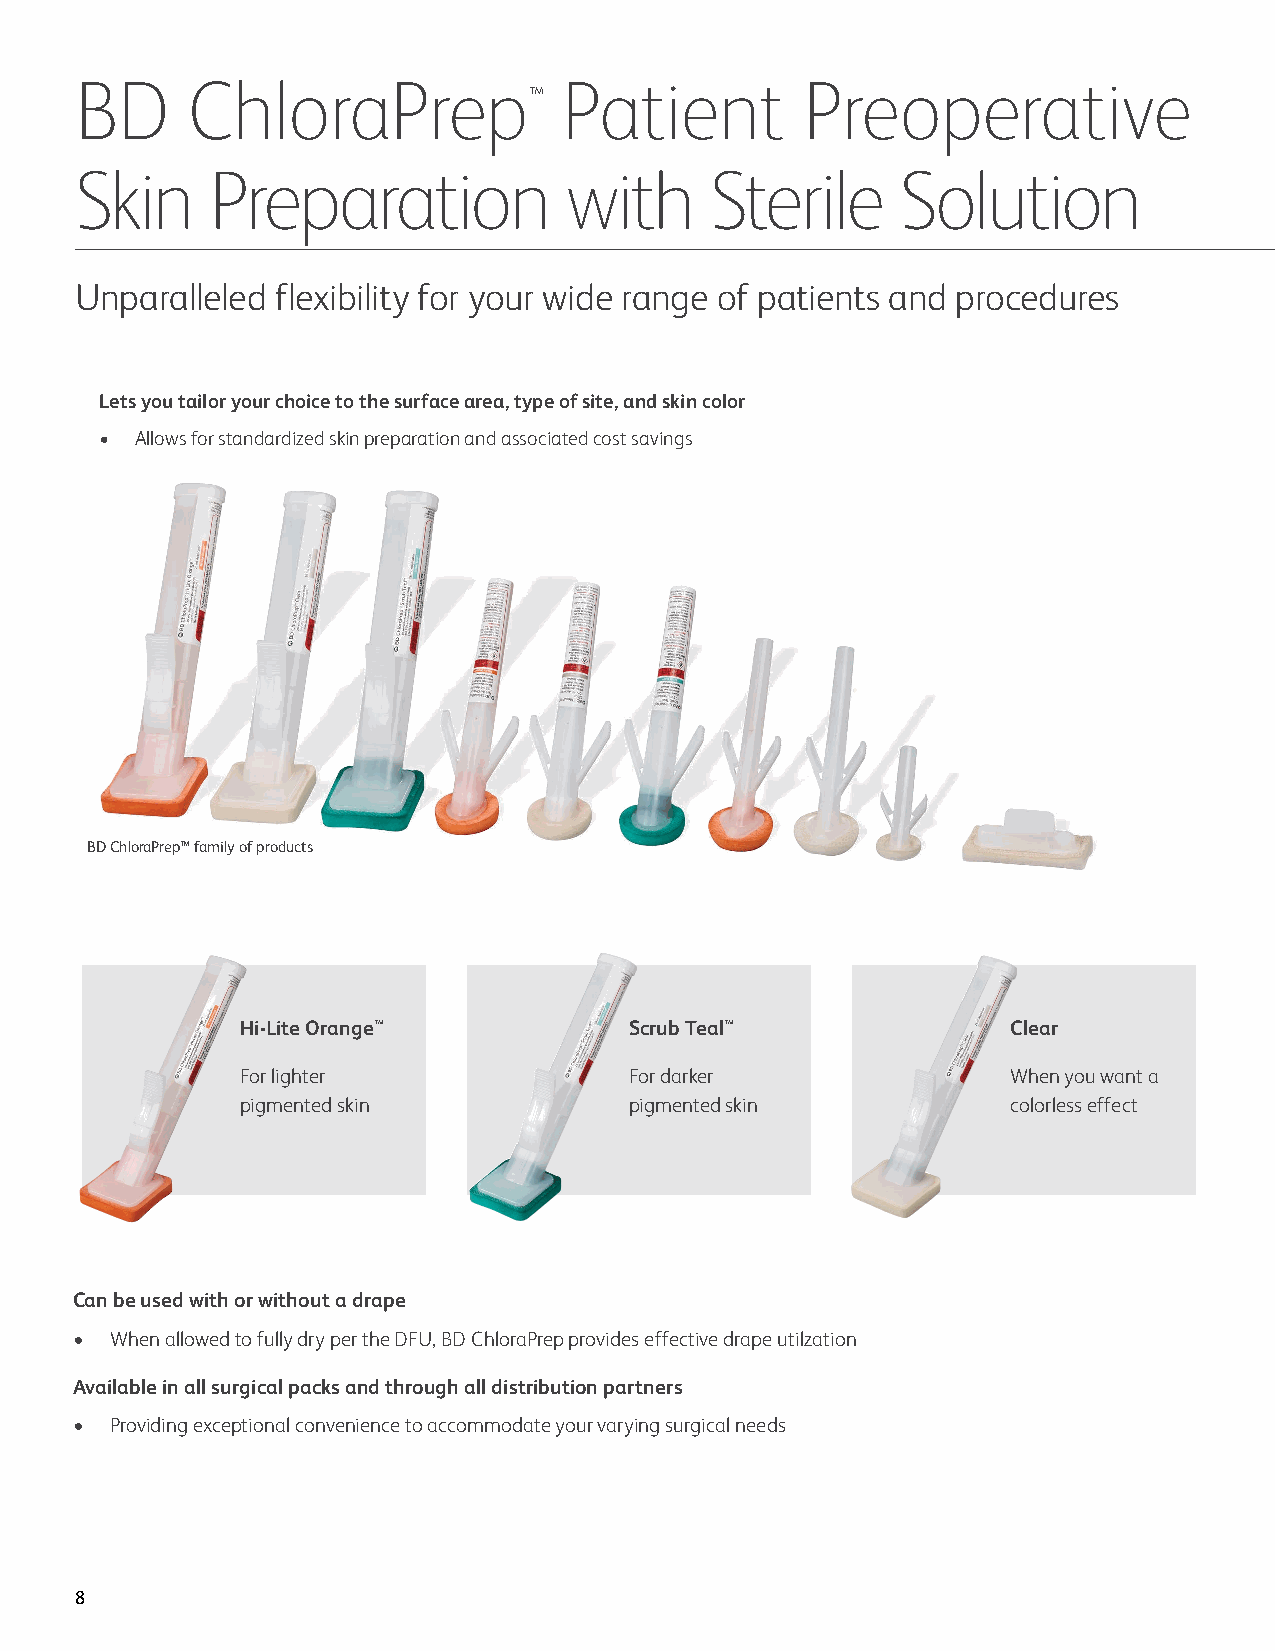
BD     ChloraPrep               Patient         Preoperative
 ™
 Skin     Preparation            with      Sterile      Solution
 Unparalleled flexibility for your wide range of patients and procedures
 Lets you tailor your choice to the surface area, type of site, and skin color
 • Allows for standardized skin preparation and associated cost savings
 BD ChloraPrep™ family of products
 Hi-Lite Orange™           Scrub Teal™              Clear
 For lighter               For darker               When you want a
 pigmented skin            pigmented skin           colorless effect
 Can be used with or without a drape
 • When allowed to fully dry per the DFU, BD ChloraPrep provides effective drape utilzation
 Available in all surgical packs and through all distribution partners
 • Providing exceptional convenience to accommodate your varying surgical needs
 8